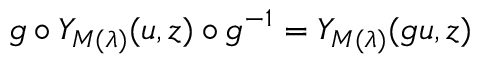
g \circ Y _ { M ( \lambda ) } ( u , z ) \circ g ^ { - 1 } = Y _ { M ( \lambda ) } ( g u , z )